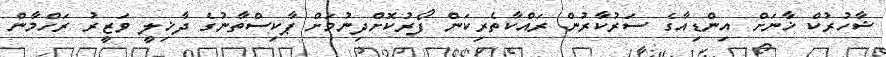
ޝާހުރުކް ޚާނަށް އިންޑިއާގެ ސަރުކާރުން ރައްކާތެރިކަން ފޯރުކޮށްދިނުމަށް ޕާކިސްތާނުގެ ދާޚިލީ ވަޒީރު ރަހްމާން